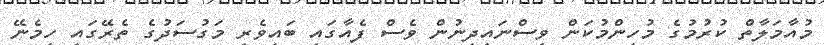
މުއާމަލާތް ކުރުމުގެ މުހިންމުކަން ވިސްނައިދިނުން ވެސް ފެއާގައި ބައިވެރި މަގުސަދުގެ ތެރޭގައި ހިމެނޭ